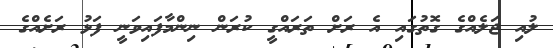
ލުއި ޖަލެއްގެ ގޮތުގައި އެ ރަށް ތަަރައްގީ ކުރަން ނިންމާފައިވަނީ ފަޅު ރަށެއްގެ